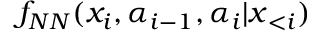
f _ { N N } ( x _ { i } , \alpha _ { i - 1 } , \alpha _ { i } | \boldsymbol x _ { < i } )